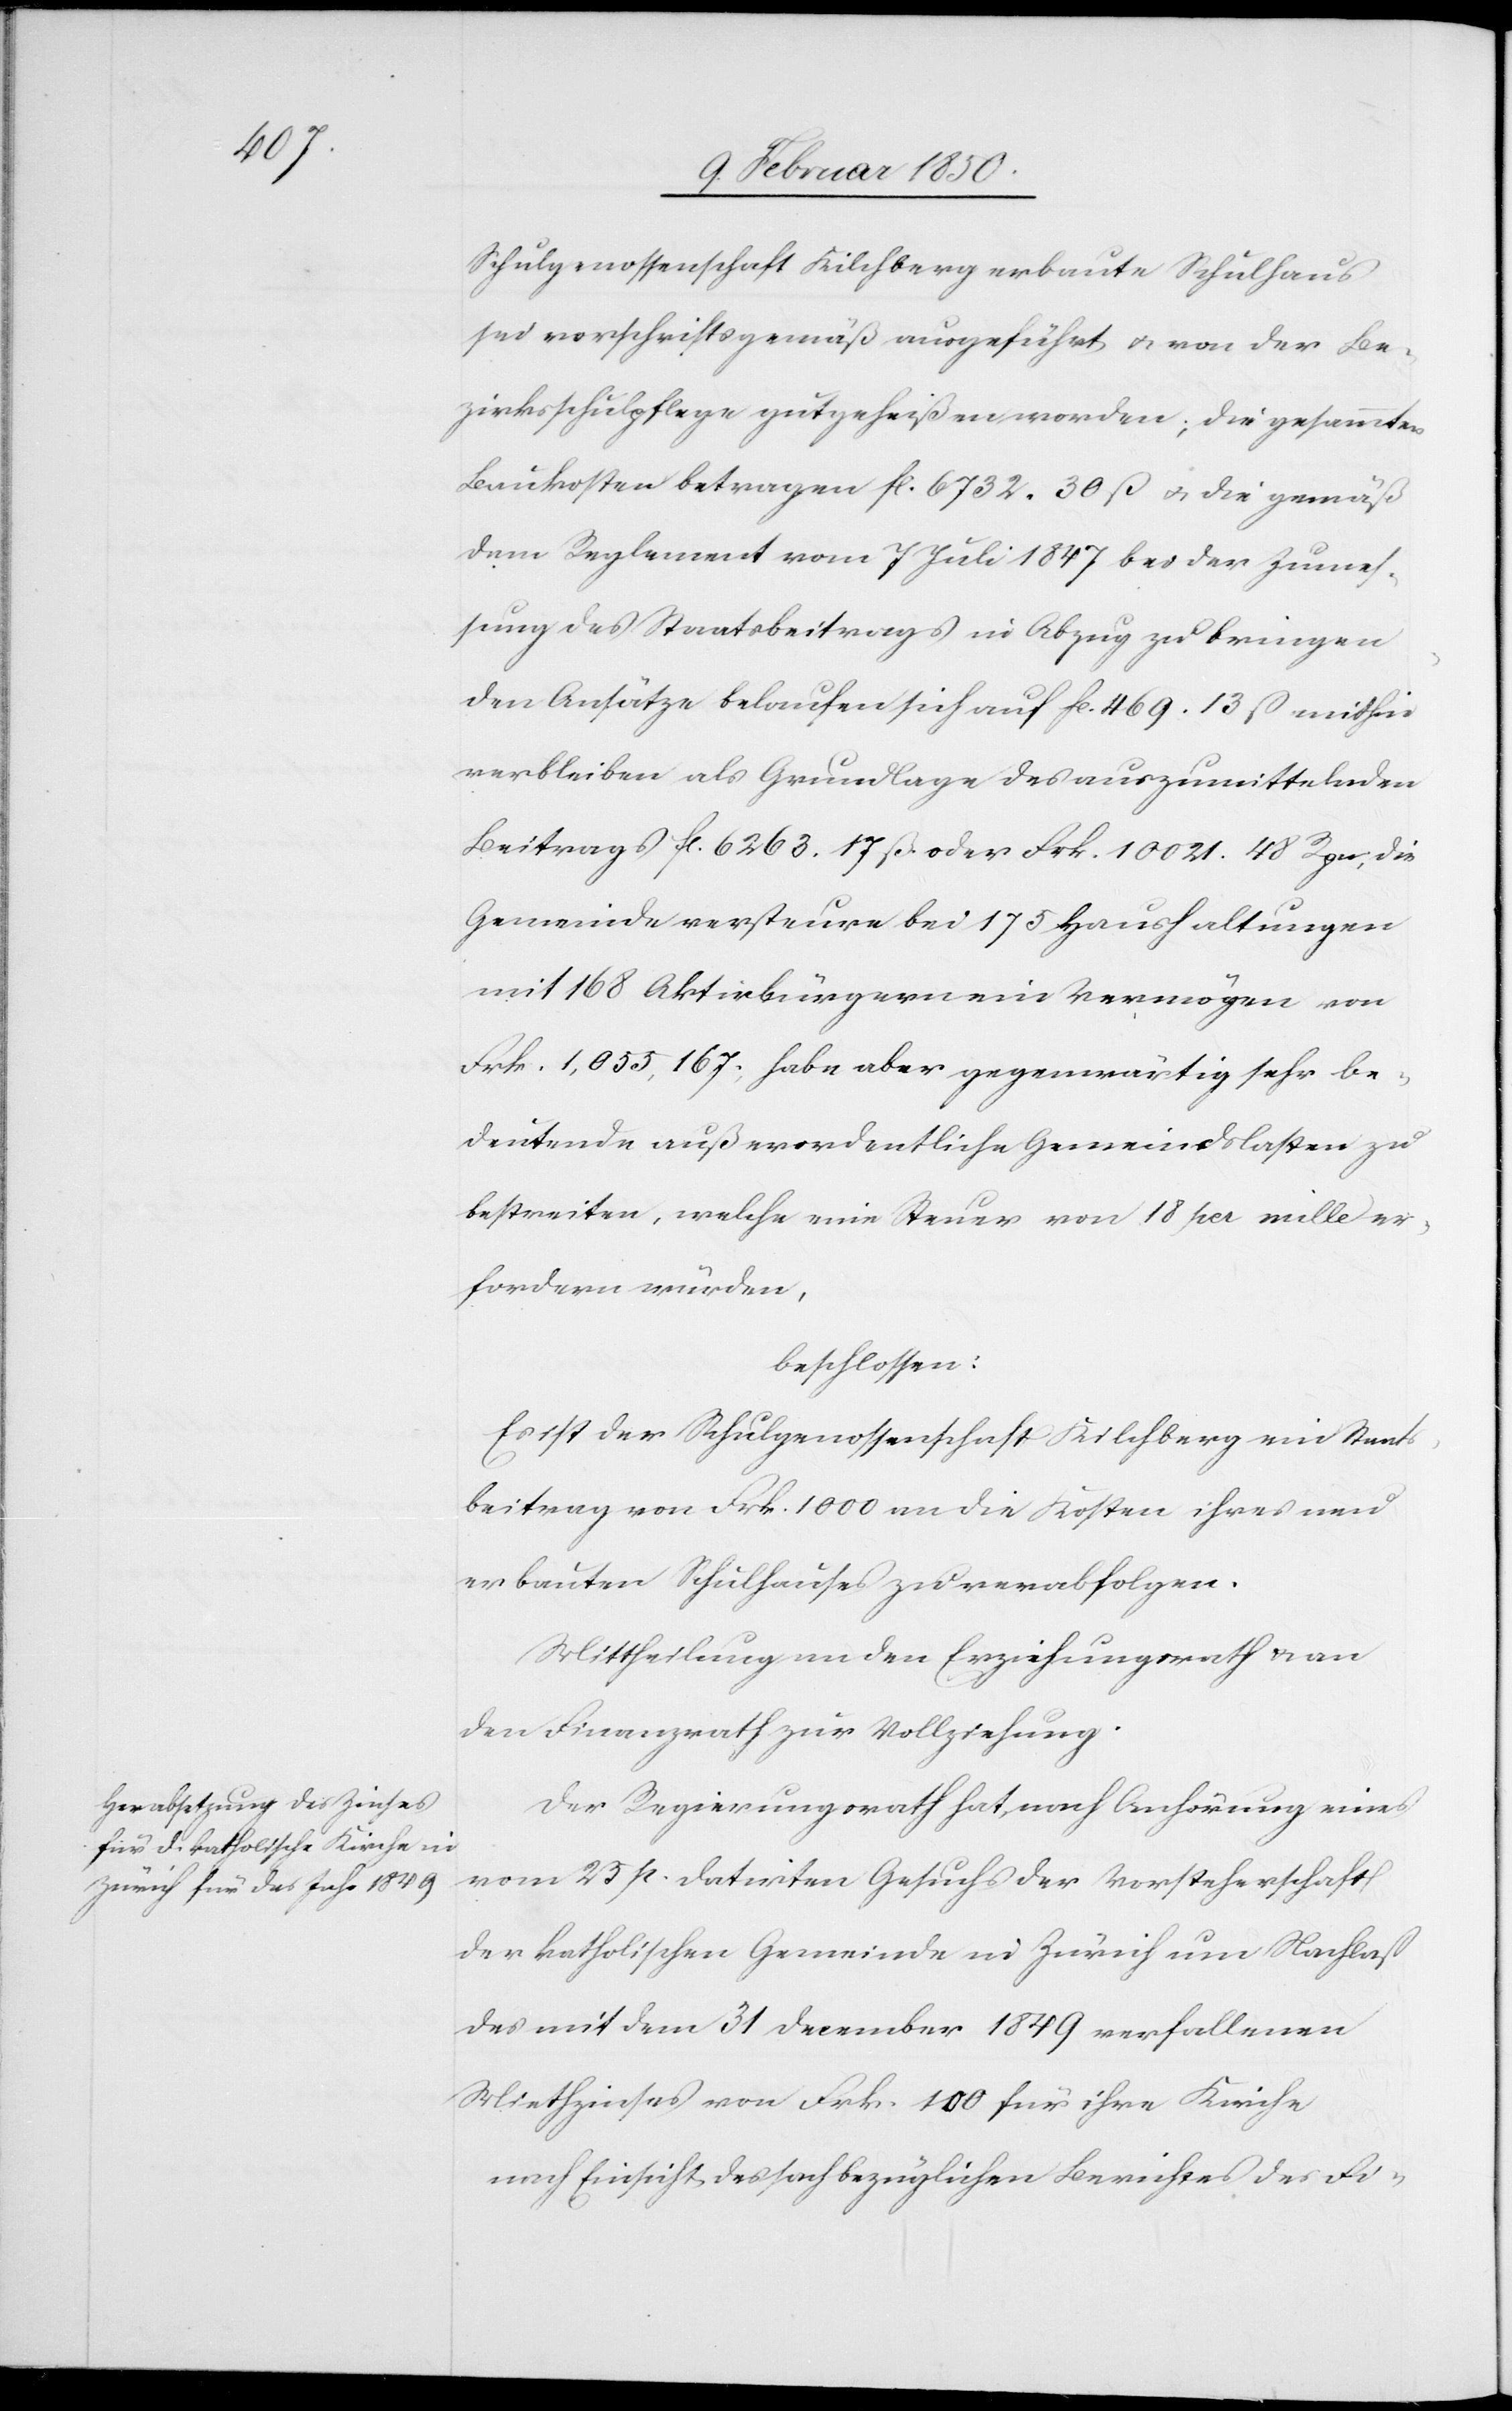
Schulgenossenschaft Kilchberg erbaute Schulhaus
sei vorschriftsgemäß ausgeführt u. von der Be¬
zirksschulpflege gutgeheißen worden; die gesammten
Baukosten betragen fl. 6732. 30 ß u. die gemäß
dem Reglement vom 7 Juli 1847 bei der Zumes¬
sung des Staatsbeitrags in Abzug zu bringen¬
den Ansätze belaufen sich auf fl. 469. 13 ß mithin
verbleiben als Grundlage des auszumittelnden
Beitrags fl. 6263. 17 ß. oder Frk. 10021. 48 Rpn; die
Gemeinde versteure bei 175 Haushaltungen
mit 168 Aktivbürgern ein Vermögen von
Frk. 1,055,167. habe aber gegenwärtig sehr be¬
deutende außerordentliche Gemeindslasten zu
bestreiten, welche eine Steuer von 18 per mille er¬
fordern würden,
beschlossen:
Es ist der Schulgenossenschaft Kilchberg ein Staats¬
beitrag von Frk. 1000 an die Kosten ihres neu
erbauten Schulhauses zu verabfolgen.
Mittheilung an den Erziehungsrath u. an
den Finanzrath zur Vollziehung.
Der Regierungsrath hat, nach Anhörung eines
vom 25 p. datirten Gesuchs der Vorsteherschaft
der katholischen Gemeinde in Zürich um Nachlaß
des mit dem 31 December 1849 verfallenen
Miethzinses von Frk. 100 für ihre Kirche
nach Einsicht des sachbezüglichen Berichtes des Fi-